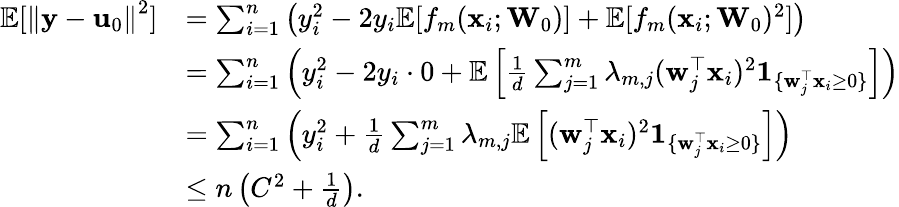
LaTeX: \begin{array}{rl}{\mathbb{E}[\left\| \mathbf{y}-\mathbf{u}_{0}\right\| ^{2}]}&{=\sum_{i=1}^{n}\left(y_{i}^{2}-2y_{i}\mathbb{E}[f_{m}(\mathbf{x}_{i};\mathbf{W}_{0})]+\mathbb{E}[f_{m}(\mathbf{x}_{i};\mathbf{W}_{0})^{2}]\right)}\\ &{=\sum_{i=1}^{n}\left(y_{i}^{2}-2y_{i}\cdot 0+\mathbb{E}\left[\frac{1}{d}\sum_{j=1}^{m}\lambda_{m,j}(\mathbf{w}_{j}^{\top}\mathbf{x}_{i})^{2}\mathbf{1}_{\{ \mathbf{w}_{j}^{\top}\mathbf{x}_{i}\geq 0\} }\right]\right)}\\ &{=\sum_{i=1}^{n}\left(y_{i}^{2}+\frac{1}{d}\sum_{j=1}^{m}\lambda_{m,j}\mathbb{E}\left[(\mathbf{w}_{j}^{\top}\mathbf{x}_{i})^{2}\mathbf{1}_{\{ \mathbf{w}_{j}^{\top}\mathbf{x}_{i}\geq 0\} }\right]\right)}\\ &{\leq n\left(C^{2}+\frac{1}{d}\right).}\end{array}